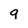
Character: 9